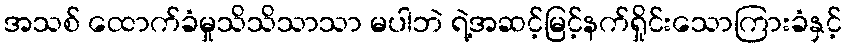
အသစ် ထောက်ခံမှုသိသိသာသာ မပါဘဲ ရဲ့အဆင့်မြင့်နက်ရှိုင်းသောကြားခံနှင့်